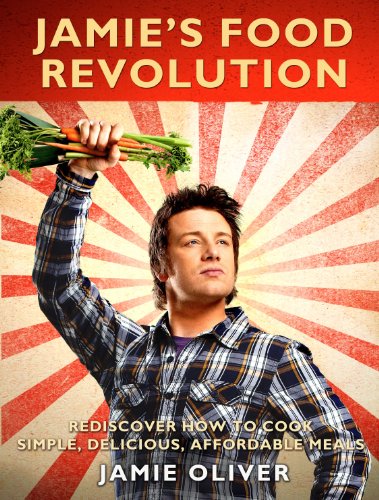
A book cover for Jamie's Food Revolution: Rediscover How to Cook Simple, Delicious, Affordable Meals; Jamie Oliver; Cookbooks, Food & Wine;